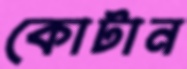
কোটান